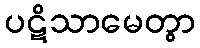
ပဋိသာမေတွာ